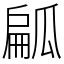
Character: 㼐